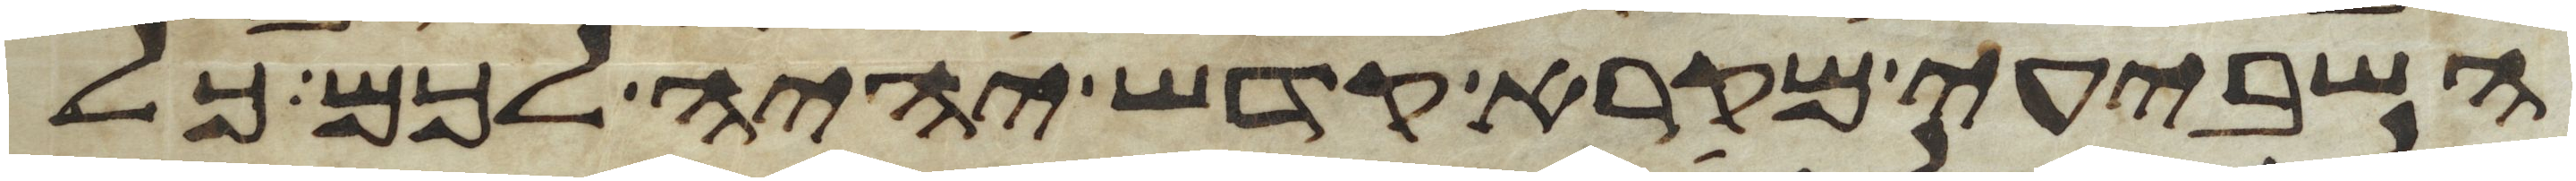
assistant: השביעי מקרא קדש יהיה לכם כל